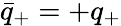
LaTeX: \bar{q}_{+}=+q_{+}